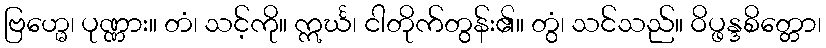
ဗြဟ္မေ၊ ပုဏ္ဏား။ တံ၊ သင့်ကို။ ဣင်္ဃ၊ ငါတိုက်တွန်း၏။ တွံ၊ သင်သည်။ ဝိပ္ဖန္ဒစိတ္တော၊